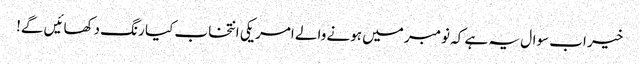
خیر اب سوال یہ ہے کہ نومبر میں ہونے والے امریکی انتخاب کیا رنگ دکھائیں گے!